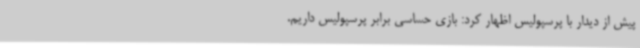
پیش از دیدار با پرسپولیس اظهار کرد: بازی حساسی برابر پرسپولیس داریم.